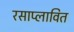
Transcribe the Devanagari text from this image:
रसाप्लावित